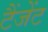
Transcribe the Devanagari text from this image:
टैंजेंट